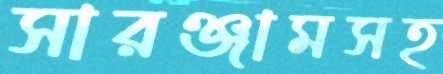
সারঞ্জামসহ